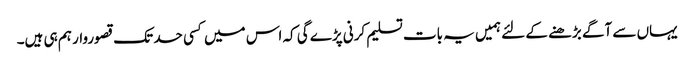
یہاں سے آگے بڑھنے کے لئے ہمیں یہ بات تسلیم کرنی پڑے گی کہ اس میں کسی حد تک قصوروار ہم ہی ہیں۔